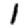
Digit: 1